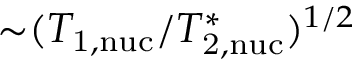
{ \sim } ( T _ { \mathrm { 1 , n u c } } / T _ { \mathrm { 2 , n u c } } ^ { \ast } ) ^ { 1 / 2 }